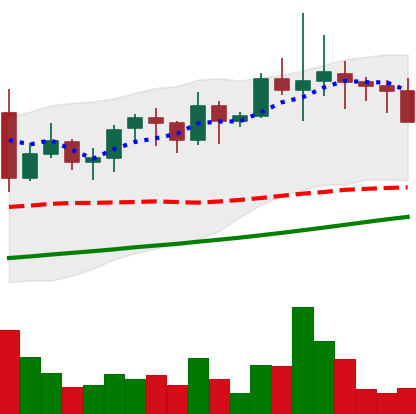
Ticker: LINK-USD
Chart end date: 2021-11-15
Forward return: -11.486%
Label: down_7plus